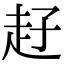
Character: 𧺙